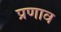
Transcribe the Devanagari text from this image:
प्रणाव